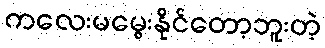
ကလေးမမွေးနိုင်တော့ဘူးတဲ့